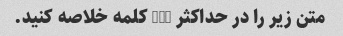
متن زیر را در حداکثر 100 کلمه خلاصه کنید.